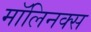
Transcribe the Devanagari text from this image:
मॉलिनक्स